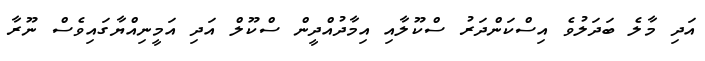
އަދި މާލެ ބަދަލުވެ އިސްކަންދަރު ސްކޫލާއި އިމާދުއްދީން ސްކޫލް އަދި އަމީނިއްޔާގައިވެސް ނޫރާ